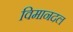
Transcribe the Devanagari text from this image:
विमानदल